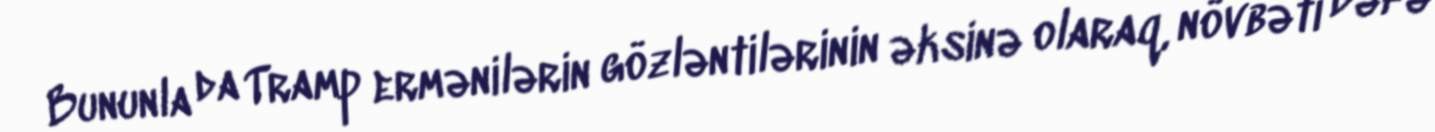
Bununla da Tramp ermənilərin gözləntilərinin əksinə olaraq, növbəti dəfə